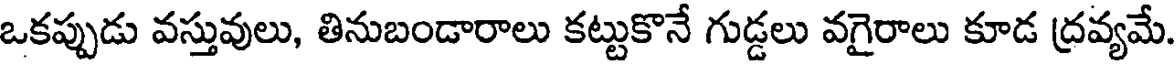
ఒకప్పుడు వస్తువులు, తినుబండారాలు కట్టుకొనే గుడ్డలు వగైరాలు కూడ ద్రవ్యమే.